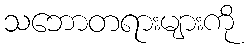
သဘောတရားများကို